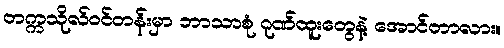
တက္ကသိုလ်ဝင်တန်းမှာ ဘာသာစုံ ဂုဏ်ထူးတွေနဲ့ အောင်တာလား။